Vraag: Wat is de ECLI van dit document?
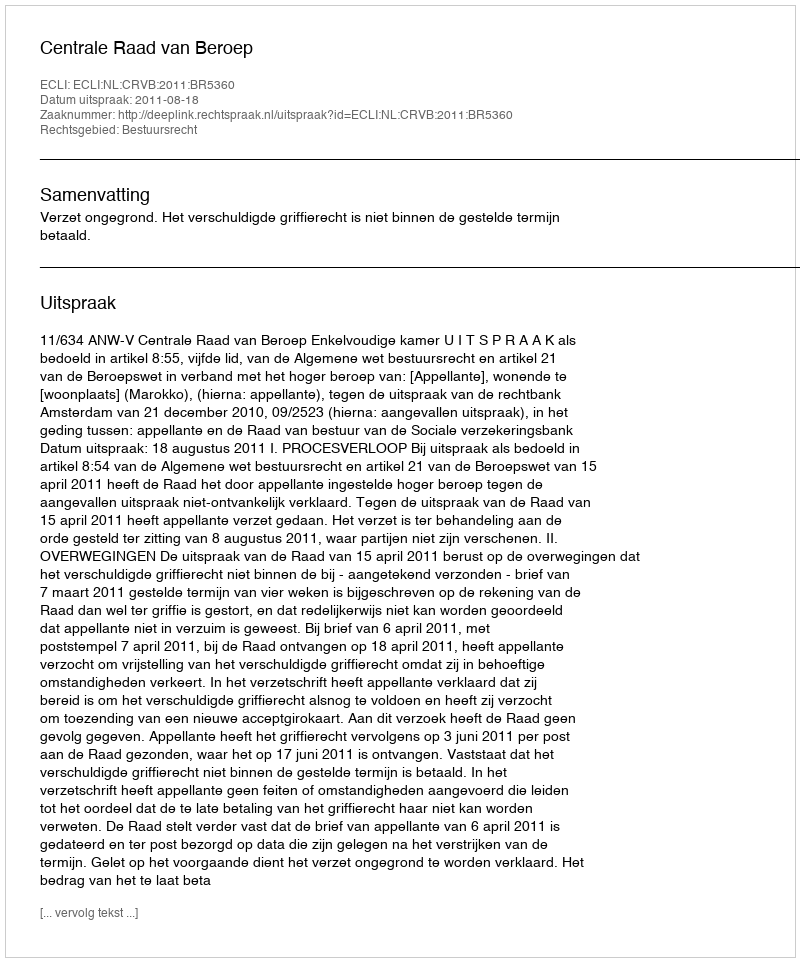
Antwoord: ECLI:NL:CRVB:2011:BR5360